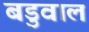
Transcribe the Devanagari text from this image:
बडुवाल